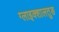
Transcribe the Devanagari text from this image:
ग्लाइक्शालतुङ